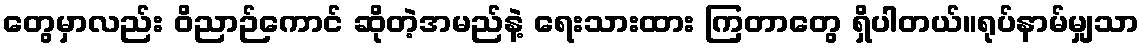
တွေမှာလည်း ဝိညာဉ်ကောင် ဆိုတဲ့အမည်နဲ့ ရေးသားထား ကြတာတွေ ရှိပါတယ်။ရုပ်နာမ်မျှသာ